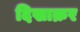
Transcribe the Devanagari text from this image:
दिखाक्रर